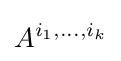
A^{i_{1},\dots ,i_{k}}